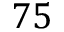
7 5